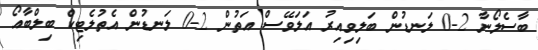
ބާސެލޯނާ 2-0 ލަނޑުން ބަލިވިއިރު އަލަވޭސް އަތުން 2-0 ލަނޑުން އެތުލެޓިކް ބިލްބާއޯ